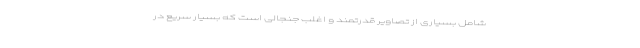
شامل بسیاری از تصاویر قدرتمند و اغلب جنجالی است که بسیار سریع در